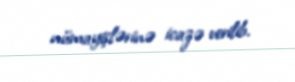
nümayişlərinə icazə verilib.